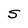
Character: S